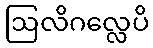
ဩလိဂလ္လေပိ